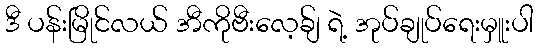
ဒီ ပန်းမြိုင်လယ် အီကိုဗီးလေ့ခ်ျ ရဲ့ အုပ်ချုပ်ရေးမှူးပါ